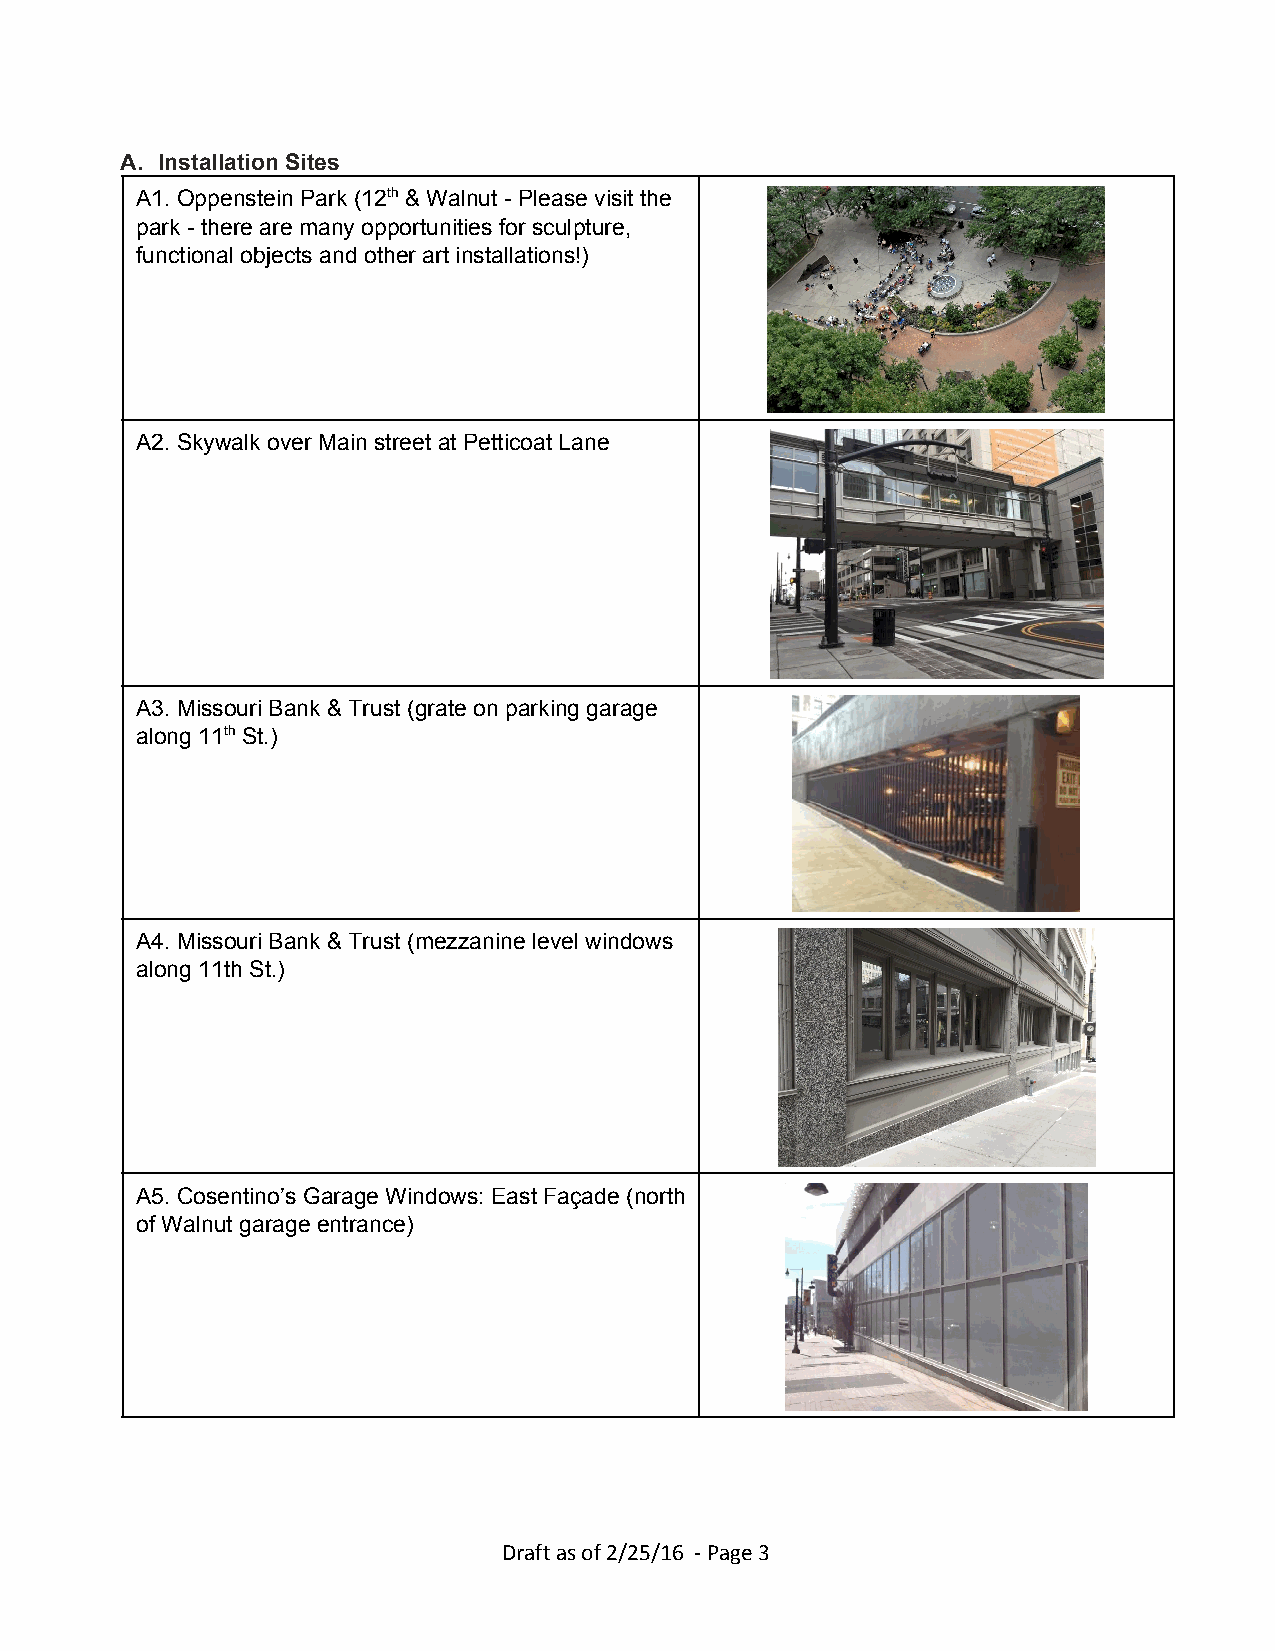
A. Installation Sites
 A1. Oppenstein Park (12th ​ & Walnut ­ Please visit the
 ​
 park ­ there are many opportunities for sculpture,
 functional objects and other art installations!)
 A2. Skywalk over Main street at Petticoat Lane
 A3. Missouri Bank & Trust (grate on parking garage
 along 11th ​ St.)
 ​
 A4. Missouri Bank & Trust (mezzanine level windows
 along 11th St.)
 A5. Cosentino’s Garage Windows: East Façade (north
 of Walnut garage entrance)
 Draft as of 2/25/16 ‐ Page 3